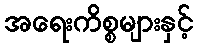
အရေးကိစ္စများနှင့်